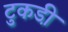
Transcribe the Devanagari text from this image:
टुकडी़